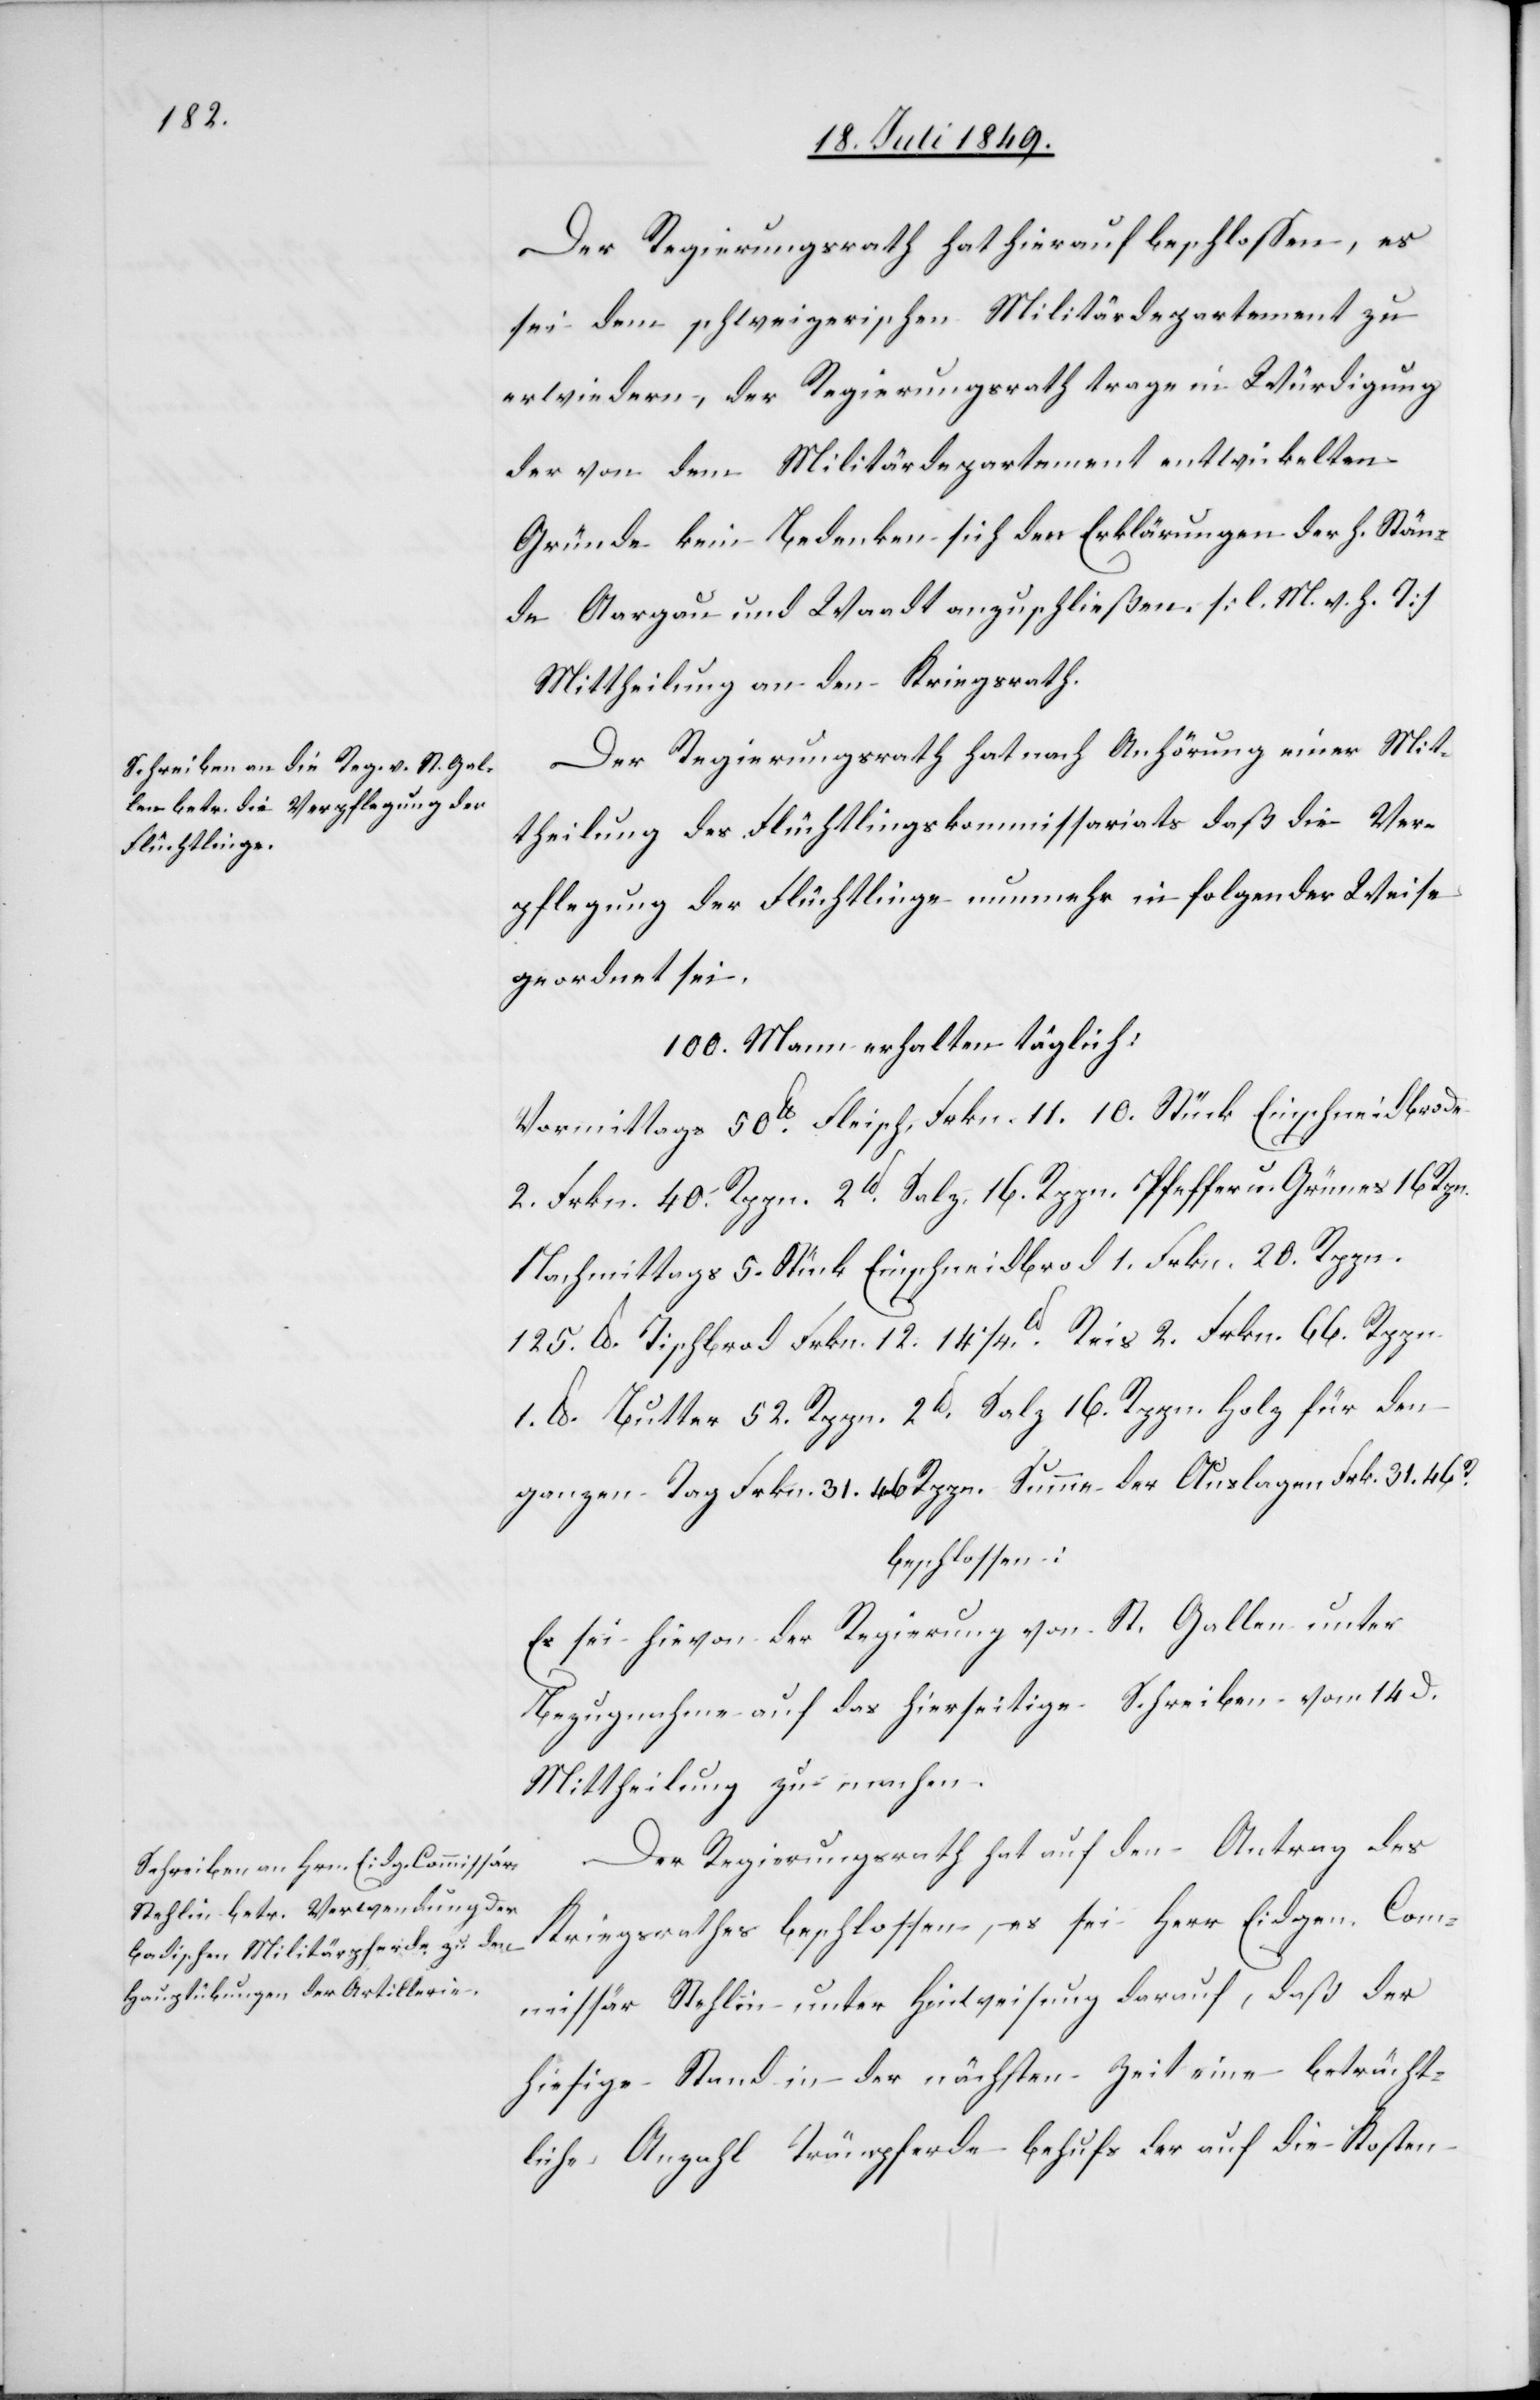
Der Regierungsrath hat hierauf beschlossen, es
sei dem schweizerischen Militärdepartement zu
erwiedern, der Regierungsrath trage in Würdigung
der von dem Militärdepartement entwickelten
Gründe kein Bedenken sich den Erklärungen der h. Stän¬
de Aargau und Waadt anzuschließen. [l. M. v. h. T]
Mittheilung an den Kriegsrath.
Der Regierungsrath hat nach Anhörung einer Mit¬
theilung des Flüchtlingskommissariats daß die Ver¬
pflegung der Flüchtlinge nunmehr in folgende Weise
geordnet sei.
100. Mann erhalten täglich:
Vormittags 50lb Fleisch, Frkn. 11. 10. Stück Einschneidbrode
2. Frkn. 40. Rppn. 2lb Salz, 16. Rppn. Pfeffer u. Grünes 16 Rpn.
Nachmittags 5. Stück Einschneidbrod 1. Frkn. 20. Rppn.
125lb Tischbrod Frkn. 12.141/4. lb Reis 2. Frkn. 66. Rppn.
1.lb Butter 52. Rppn. 2lb Salz 16. Rppn. Holz für den
ganzen Tag Frkn. 31. 46 Rppn Summe der Auslagen Frkn. 31. 46R
beschlossen:
Es sei hievon der Regierung von St. Gallen unter
Bezugnahme auf das hierseitige Schreiben vom 14d.
Mittheilung zu machen.
Der Regierungsrath hat auf den Antrag des
Kriegsrathes beschlossen, es sei Herr Eidgen. Com¬
missär Stehlin unter Hinweisung darauf, daß der
hiesige Stand in der nächsten Zeit eine beträcht¬
liche Anzahl Trainpferde behufs der auf die Kosten